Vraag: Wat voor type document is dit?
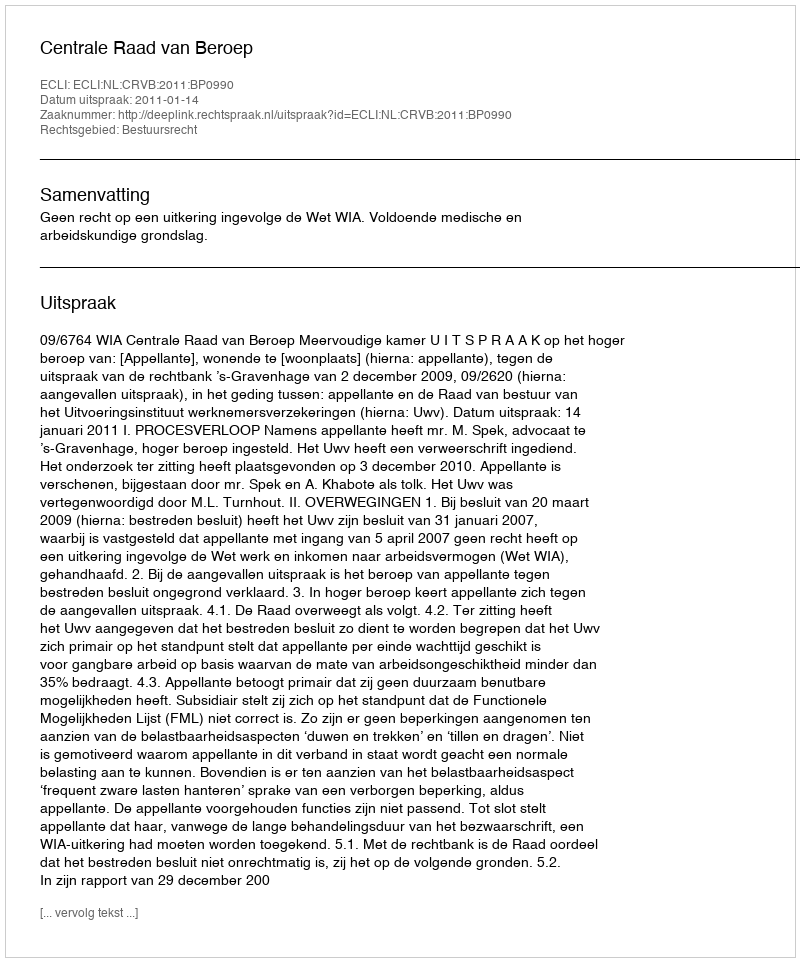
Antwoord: Uitspraak